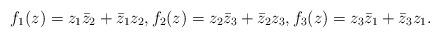
LaTeX: \begin{align*}f_1(z)=z_1\bar z_2+\bar z_1 z_2,f_2(z)=z_2\bar z_3+\bar z_2 z_3,f_3(z)=z_3\bar z_1+\bar z_3 z_1.\end{align*}